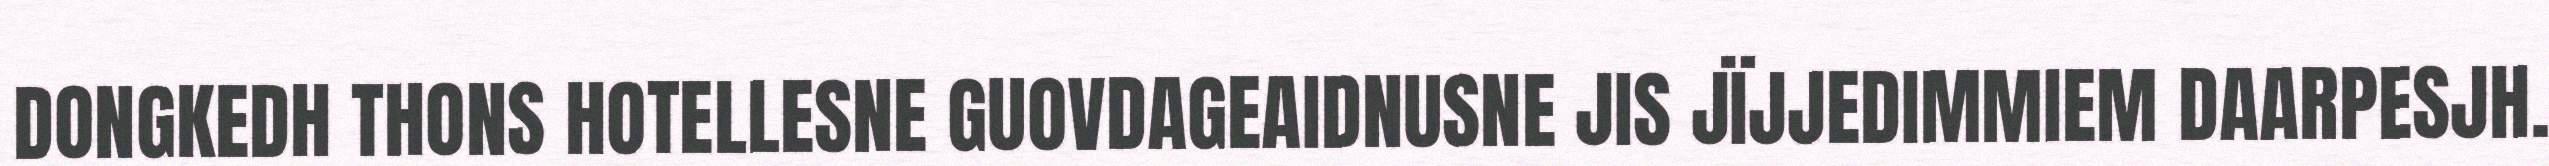
DONGKEDH THONS HOTELLESNE GUOVDAGEAIDNUSNE JIS JÏJJEDIMMIEM DAARPESJH.